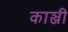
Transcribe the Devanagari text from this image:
काञ्जी